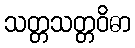
သတ္တသတ္တဝိဓာ